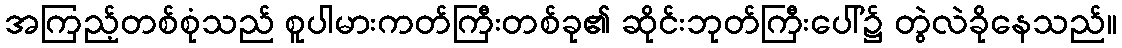
အကြည့်တစ်စုံသည် စူပါမားကတ်ကြီးတစ်ခု၏ ဆိုင်းဘုတ်ကြီးပေါ်၌ တွဲလဲခိုနေသည်။